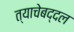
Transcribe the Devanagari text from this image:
त्याचेबद्दल